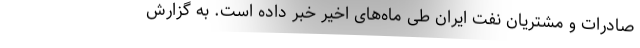
صادرات و مشتریان نفت ایران طی ماه‌های اخیر خبر داده است. به گزارش